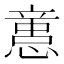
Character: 𢡃